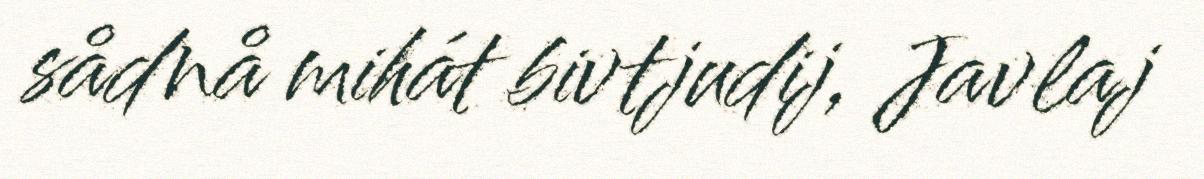
sådnå mihát bivtjudij, Javlaj